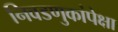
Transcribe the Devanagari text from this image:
निवडणुकांपेक्षा